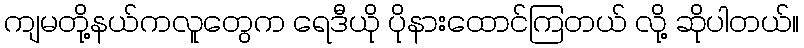
ကျမတို့နယ်ကလူတွေက ရေဒီယို ပိုနားထောင်ကြတယ် လို့ ဆိုပါတယ်။